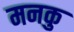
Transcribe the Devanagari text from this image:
मनकु